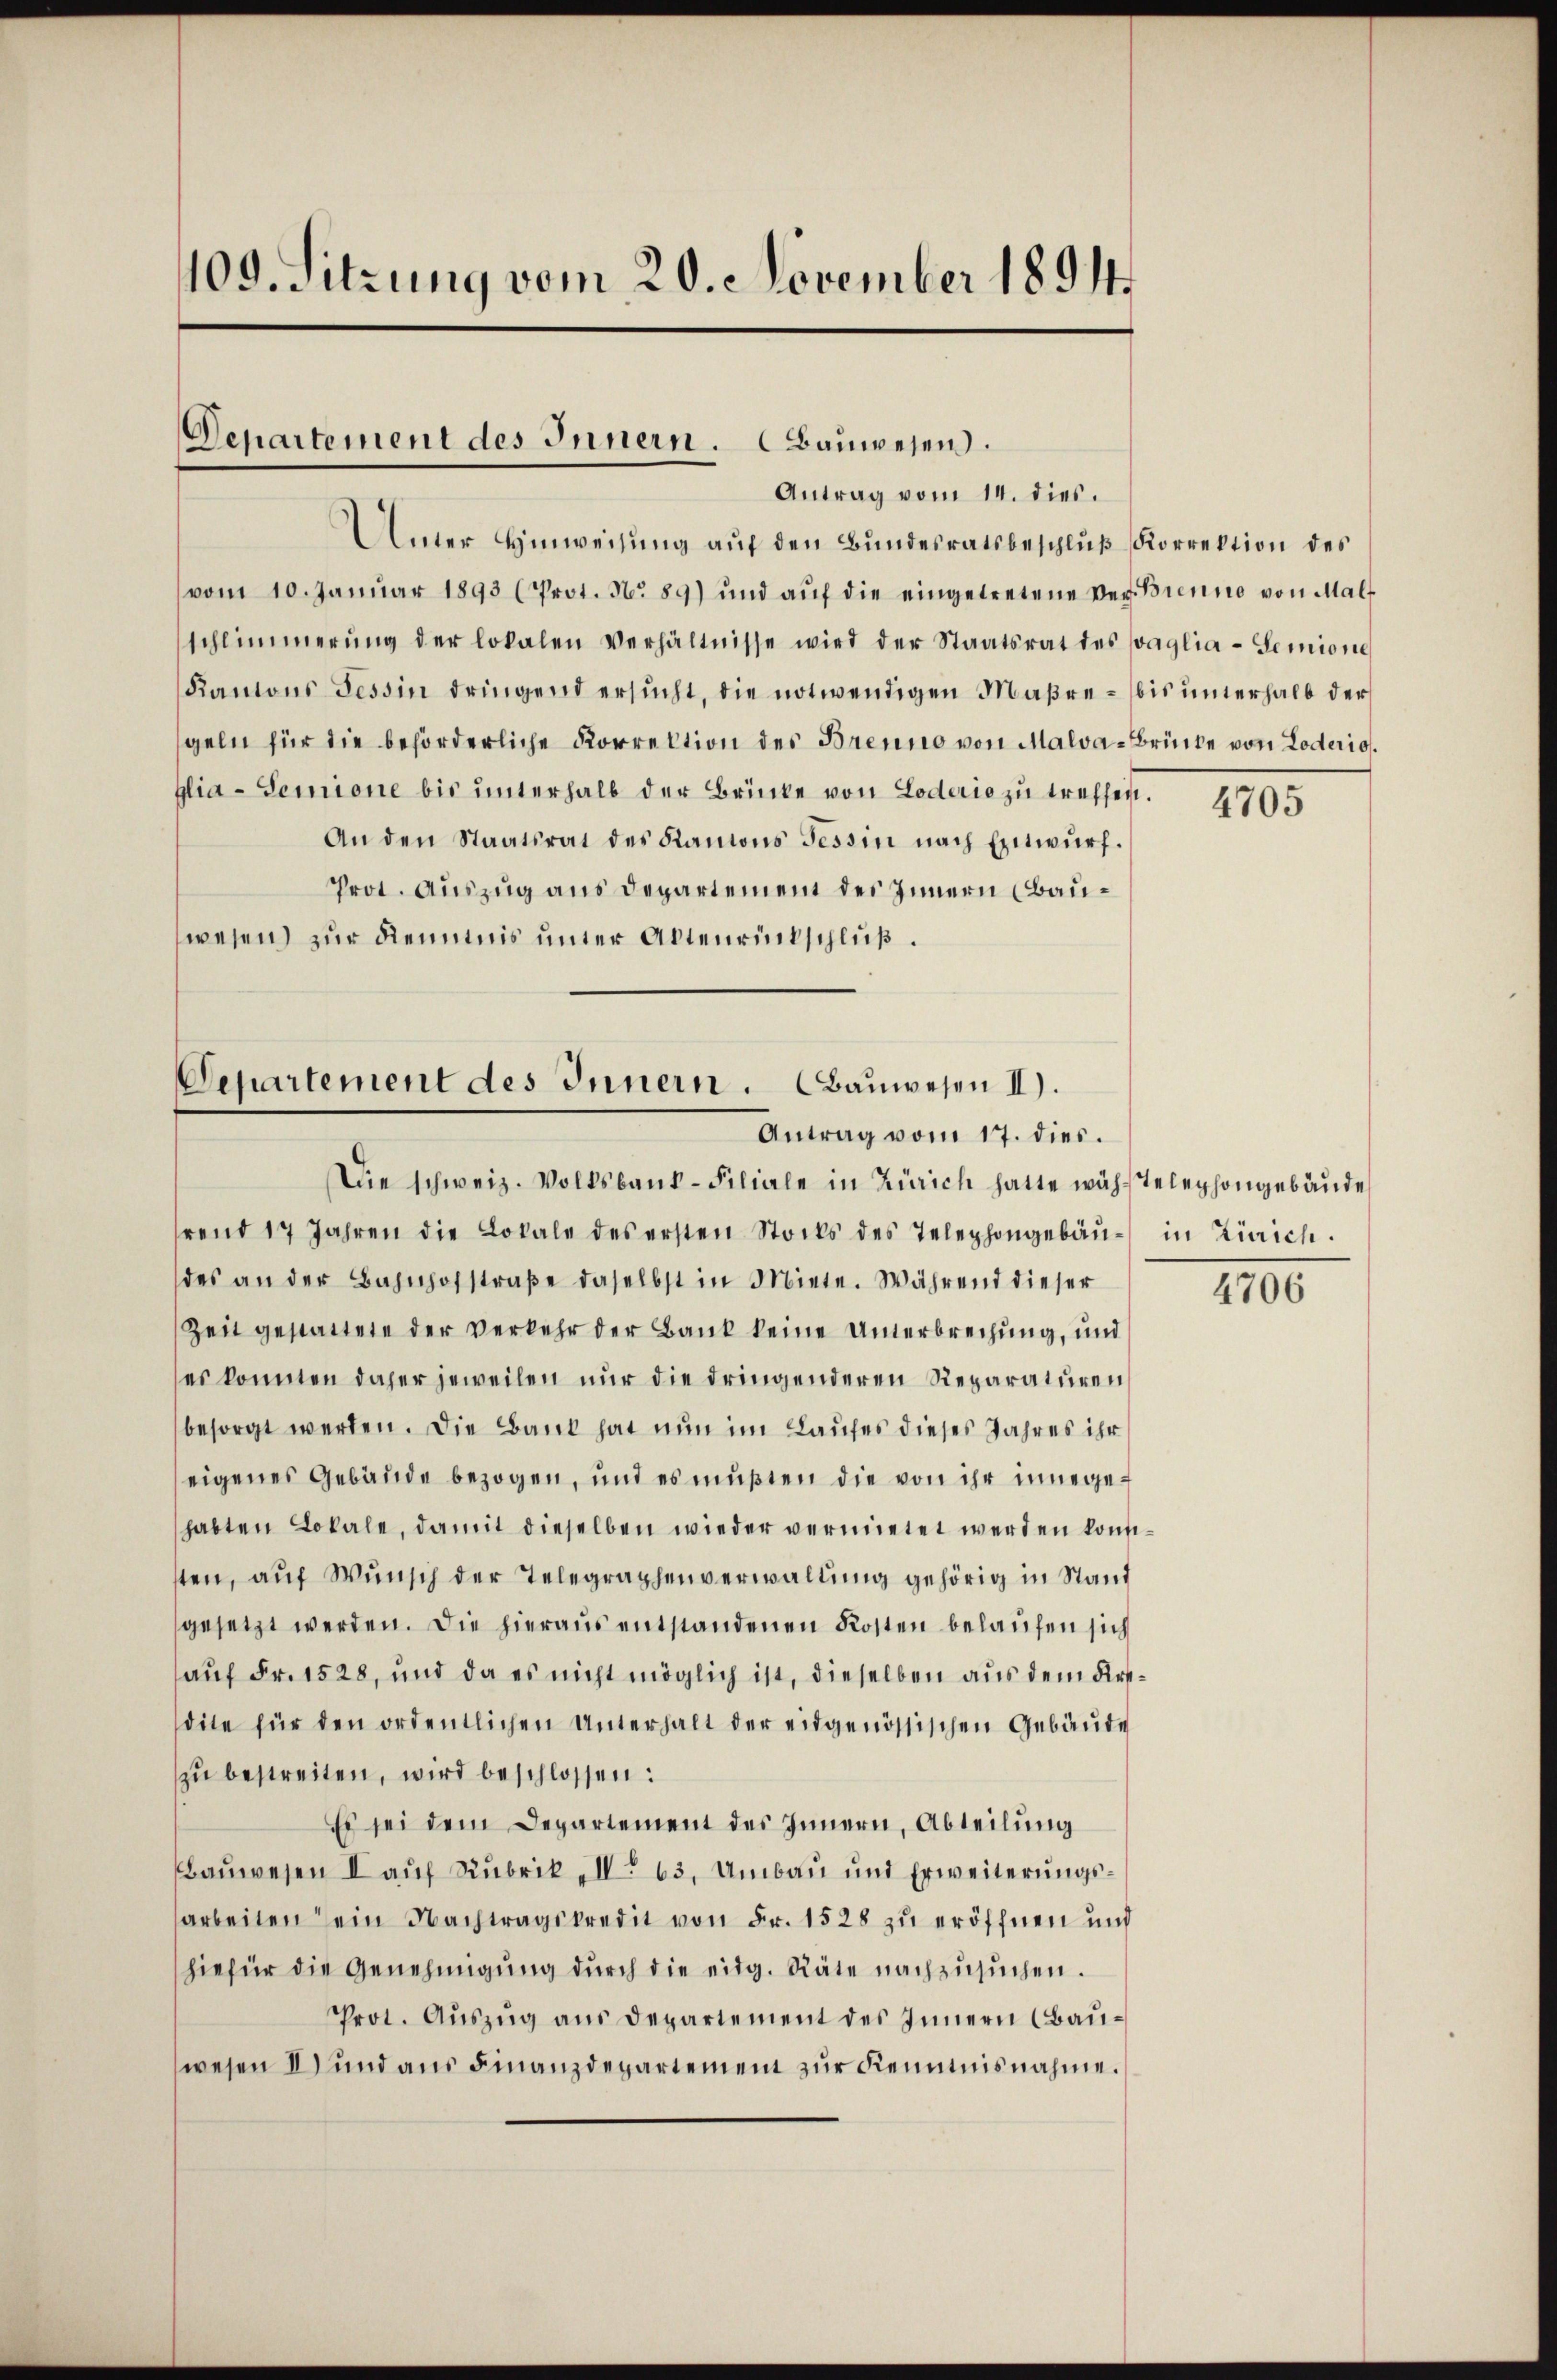
109. Sitzung vom 20. November 1894

Departement des Innern. Bauwesen.
Antrag vom 14. dies.

Unter Hinweisung auf den Bundesratsbeschluß Korrektion des
(vom 10. Janŭar 1893 (Prot. No 89) und aŭf die eingetretene Verbrenne von Malf
schlimmerung der lokalen Verhältnisse wird der Staatsrat des Paglia-Gemione
Kantons Tessin dringend ersucht, die notwendigen Maßre- bis unterhalb der
geln für die beförderliche Korrektion des Brenno von Malva-Brücke von Loderio.
glia - Semione bis ŭnterhalb der Brücke von Loderio zu treffen.
An den Staatsrat des Kantons Tessin nach Entwurf.
Prot. Auszug aus Departement des Innern (Bauwesen zur Kenntnis unter Altenrückschluß.

Departement des Innern. Bauwesen II).
Antrag vom 17. dies.

Die schweiz. Volksband-Filiale in Zürich hatte wächstelephongebäude
rend 17 Jahren die Lokale des ersten Stocks des Telephongebäŭ- in Zürich.
des an der Bahnhofstraße daselbst in Miete. Während dieser
Zeit gestattete der verkehr der Bank keine Unterbrechung, und
es konnten daher jeweilen nur die dringenderen Reparaturen
besorgt werden. Die Bank hat nun im Laufes dieses Jahres ihr
eigenes Gebäude bezogen, und es mußten die von ihr innegehabten Lokale, damit dieselben wieder vermietet werden konnsten, aŭf Wŭnsch der Telegraphenverwaltung gehörig in Stand
gesetzt werden. Die hieraus entstandenen Kosten belaufen sich
auf Fr. 1528, und da es nicht möglich ist, dieselben aus dem Krstdite für den ordentlichen Unterhalt der eidgenössischen Gebäŭde
zŭ bestreiten, wird beschlossen:
Es sei dem Departement des Innern, Abteilung
Bauwesen I auf Rubrik „No 63. Umbau und Erweiterungsarbeiten ein Nachtragskredit von Fr. 1528 zu eröffnen und
hiefür die Genehmigŭng dŭrch die eidg. Räte nachzusuchen.
Prot. Auszug aus Departement des Innern (Bauwesen II und aus Finanzdepartement zur Kenntnisnahme.

4705

1700